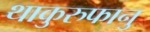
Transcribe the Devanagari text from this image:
थाकुरुफानु